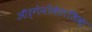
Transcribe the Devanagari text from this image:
ऑर्गेनोमेटालिक